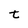
Character: t